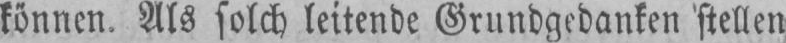
können. Als solch leitende Grundgedanken stellen